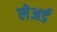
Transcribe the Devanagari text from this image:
लेअर्ड